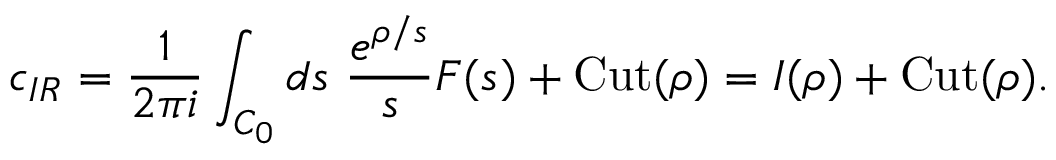
c _ { I R } = \frac { 1 } { 2 \pi i } \int _ { C _ { 0 } } d s \ \frac { e ^ { \rho / s } } { s } F ( s ^ { } ) + \mathrm { C u t } ( \rho ) = I ( \rho ) + \mathrm { C u t } ( \rho ) .